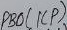
Text: PB0